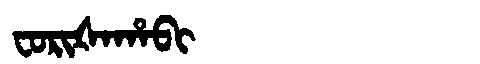
Manchu: ᠸᠣᡵᡳᡧᠠᡥᠠᠪᡳ
Romanization: FORIŠAHABI